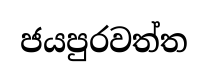
ජයපුරවත්ත